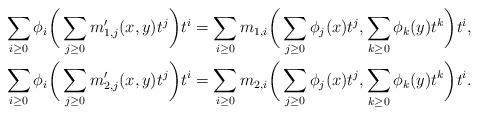
LaTeX: \begin{align*} &\sum_{i\geq 0}\phi_i\bigg( \sum_{j\geq 0}m\rq_{1,j}(x,y)t^j \bigg)t^i=\sum_{i\geq 0}m_{1,i}\bigg( \sum_{j\geq 0}\phi_j(x)t^j,\sum_{k\geq 0}\phi_k(y)t^k \bigg)t^i,\\ &\sum_{i\geq 0}\phi_i\bigg( \sum_{j\geq 0}m\rq_{2,j}(x,y)t^j \bigg)t^i=\sum_{i\geq 0}m_{2,i}\bigg( \sum_{j\geq 0}\phi_j(x)t^j,\sum_{k\geq 0}\phi_k(y)t^k \bigg)t^i.\\ \end{align*}